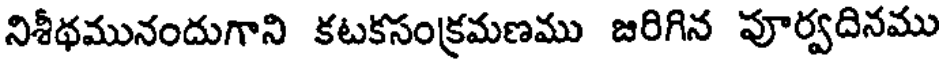
నిశీథమునందుగాని కటకసంక్రమణము జరిగిన పూర్వదినము